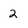
Character: 2